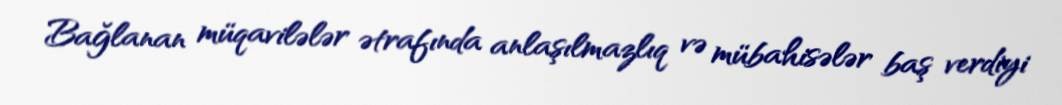
Bağlanan müqavilələr ətrafında anlaşılmazlıq və mübahisələr baş verdiyi